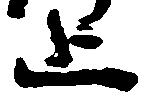
止